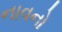
નાવનો